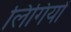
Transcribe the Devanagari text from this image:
लिंगियों